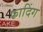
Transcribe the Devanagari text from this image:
फादिंग